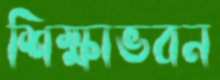
শিক্ষাভবন